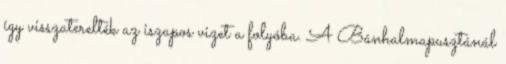
így visszaterelték az iszapos vizet a folyóba. A Bánhalmapusztánál